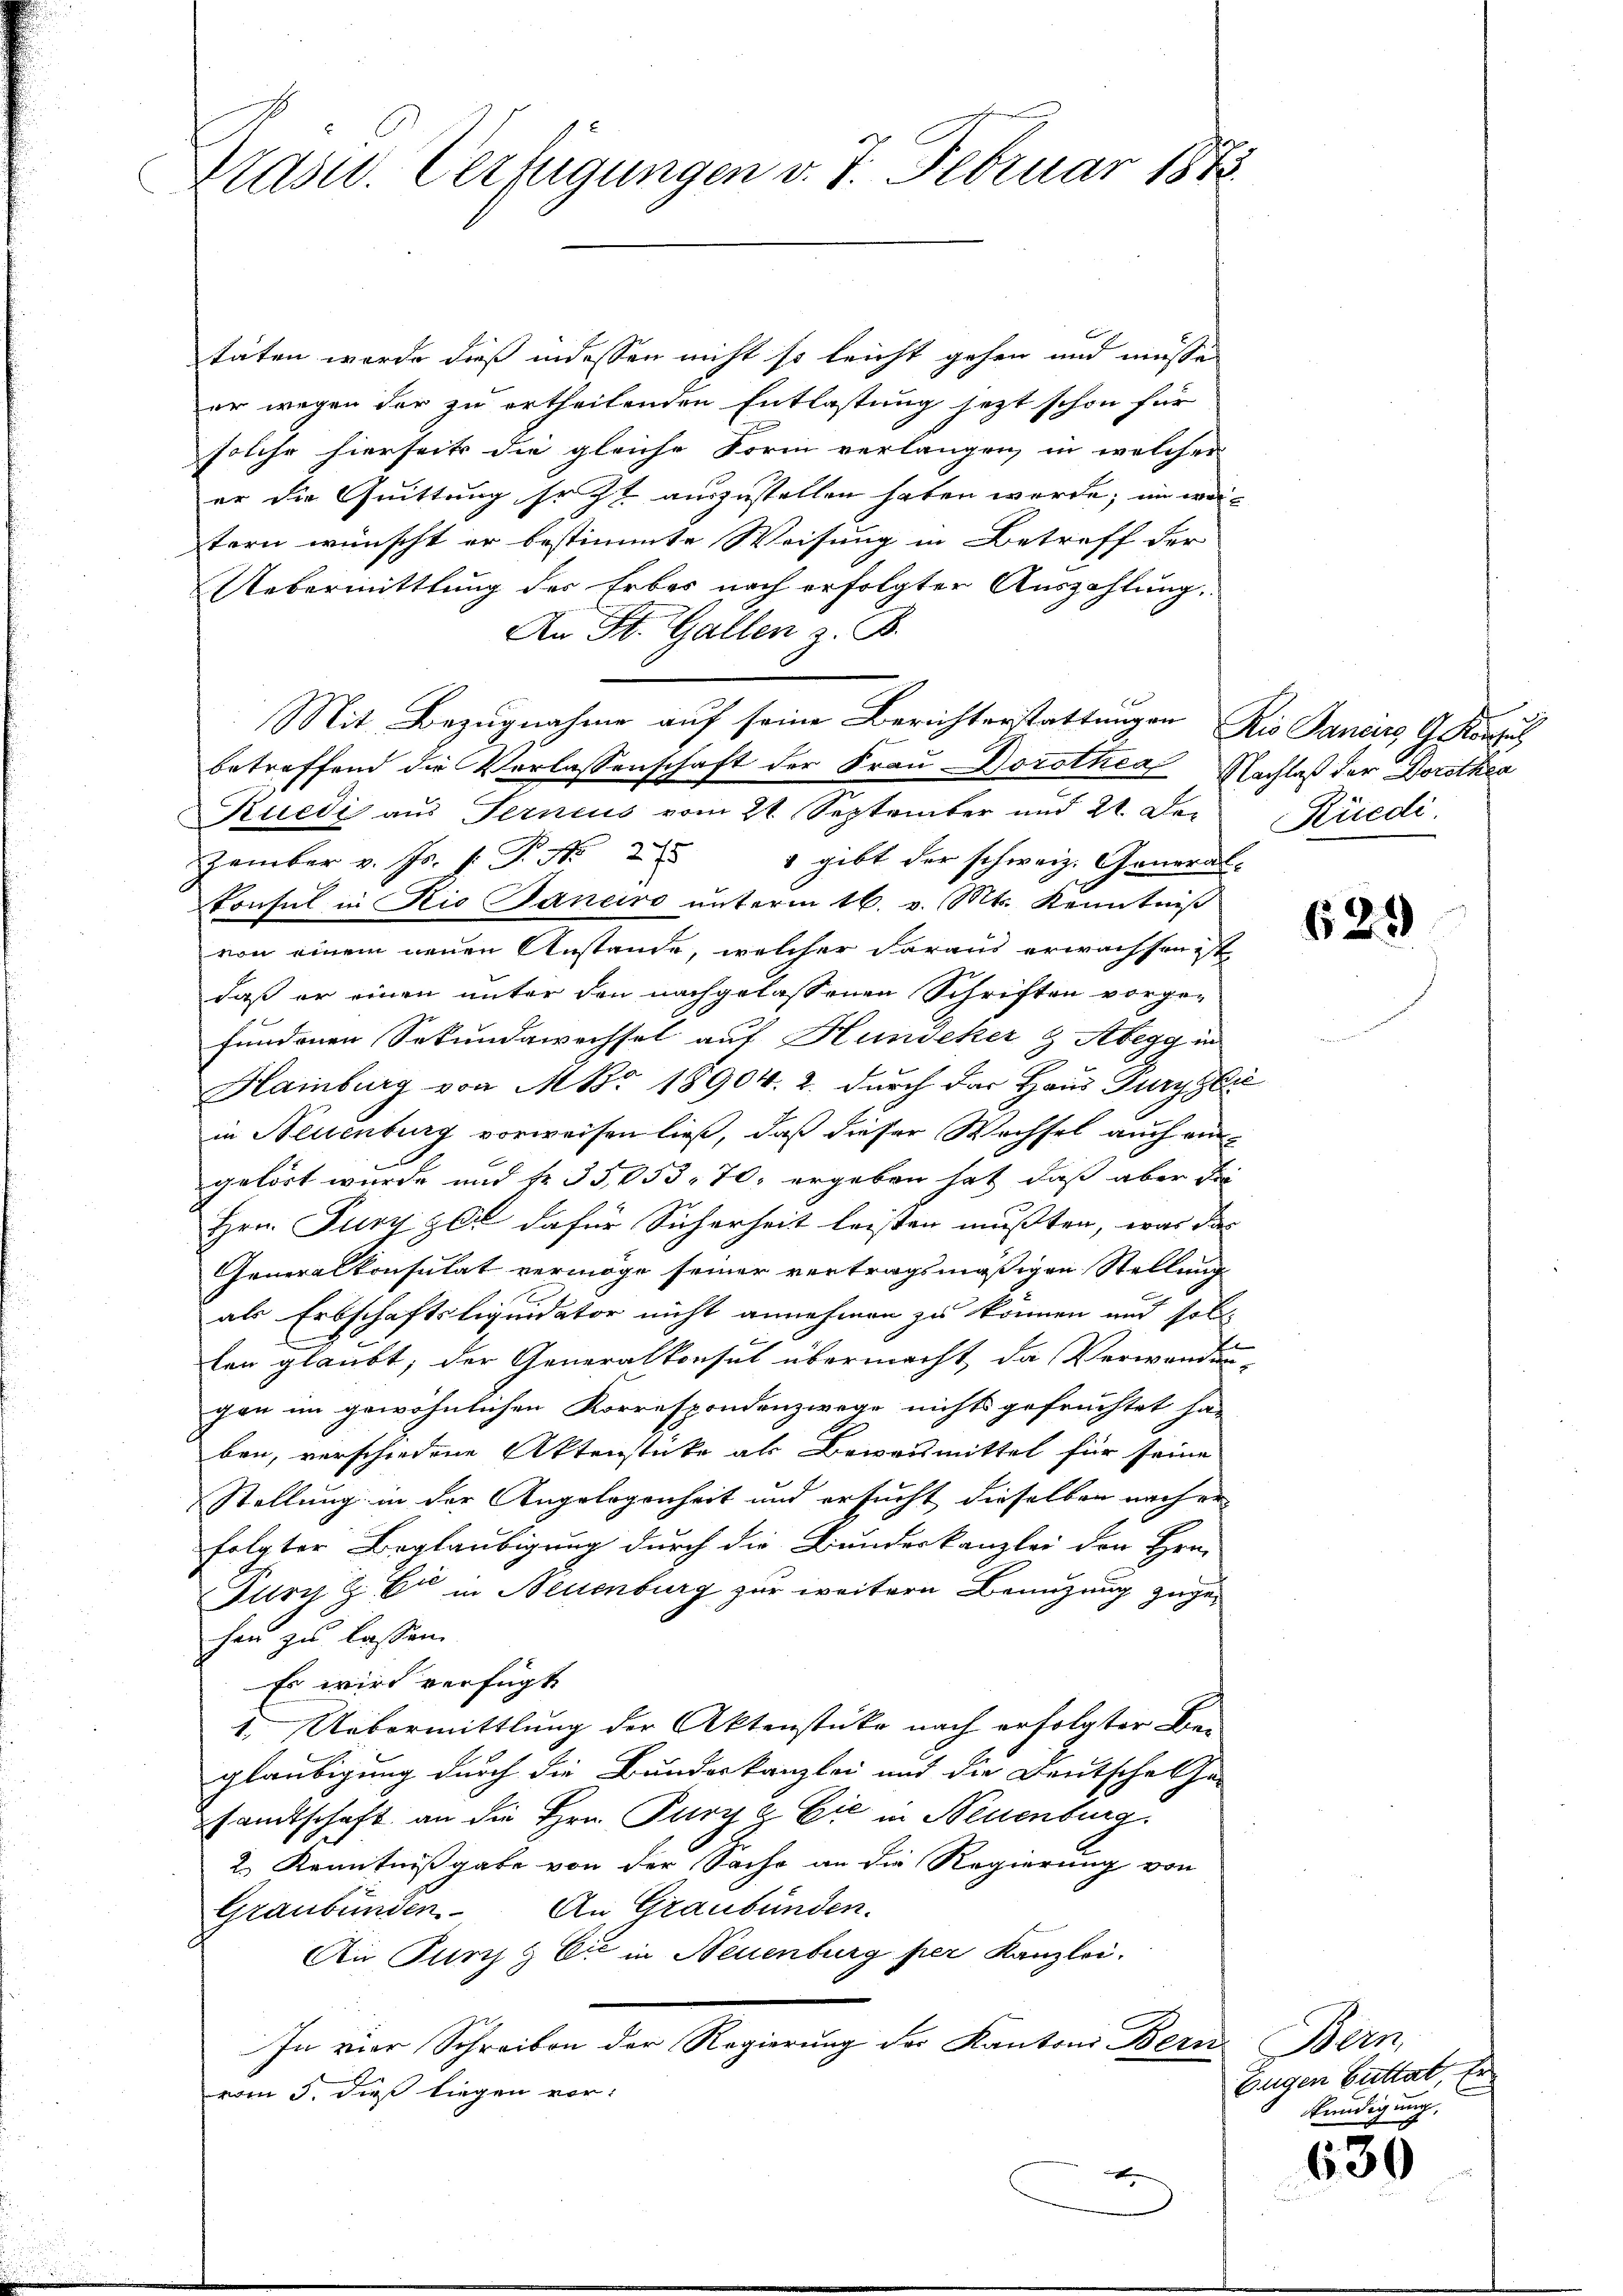
Prasw. Verfügungen v. 7. Februar 1873.

täten werde dieß indessen nicht so leicht gehen und müsse
er wegen der zu ertheilenden Entlastung jezt schon für
solche hierseits die gleiche Form verlangen, in welcher
er die Quittung so zu auszustellen haben werde; im weitern wünscht er bestimmte Weisung in Betreff der
Uebermittlung der Erbes nach erfolgter Auszahlung.
An St. Gallen z. B.
betreffend die Verlassenschaft der Frau Dorothea Nachlaß der Dorothea
Ruedi aus Ferneus vom 21. September und 21. De¬
Zember v. Js. f. P. Nr. 275
 gibt der schweiz. General-
konsul in Rio Janeiro unterm 16. v. Mts. Kenntniß
von einem neuen Anstande, welcher daraus erwachsen ist
daß er einen unter den nachgelassenen Schriften vorgefundenen Sekundawechsel auf Hundeker & Abegg in
Hamburg von M. 18904. 2. durch das Haus Juryzlie
in Neuenburg vorweisen ließ, daß dieser Wechsel auch ein
gelöst wurde und fr. 35,053. 70. ergeben hat, daß aber die
Hrn. Fury zel dafür Sicherheit leisten mußten, was das
Generalkonsulat vermöge seiner vertragsmäßigen Stellung
als Erbschaftsliquidator nicht annehmen zu können und soll
E
len glaubt, der Generalkonsul übermacht, da Verwanden-
gen im gewöhnlichen Korrespondenzwege nichts gefrüchtet ha-
ben, verschiedene Aktenstücke als Beweismittel für seine
Stellung in der Angelegenheit und ersucht dieselben nach er
folgter Beglaubigung durch die Bunderkanzlei den Hrn.
Furch Z C in Neuenburg zur weitern Benuzung zugehan zu lassen.
Es wird verfügt
1. Uebermittlung der Aktenstücke nach erfolgter Bei
gläubigung durch die Bundeskanzlei und die Deutsche Cha-
sandtschaft an die Hrn. Purz & Cie in Neuenburg
2.) Kenntnißgabe von der Sache an die Regierung von
Graubünden. An Graubünden.
An Punz & Cie in Neuenburg per Kanzlei.
In vier Schreiben der Regierung der Kantons Bern Bern,
vom 5. dieß liegen vor:
x

Mit Bezugnahme auf seine Berichterstattungen Rio Panders G. Konsul

Rüedi.

625)

Eugen Guttat, Er
Kündigung,

630